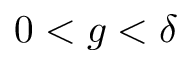
0 < g < \delta